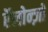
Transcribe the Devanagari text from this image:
ऍलोन्ज़ो